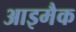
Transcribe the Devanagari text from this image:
आइमैक